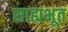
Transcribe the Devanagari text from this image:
साह्यभूत